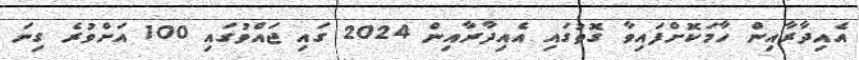
އެއިދާރާއިން ހާމަކޮށްފައިވާ ގޮތުގައި އެއިދާރާއިން 2024 ގައި ޖައްވުގައި 100 އަށްވުރެ ގިނަ